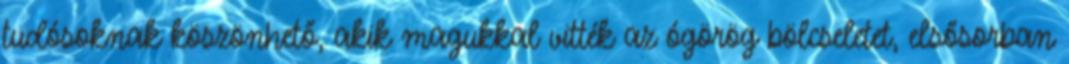
tudósoknak köszönhető, akik magukkal vitték az ógörög bölcseletet, elsősorban